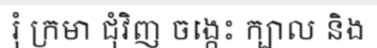
រុំ ក្រមា ជុំវិញ ចង្កេះ ក្បាល និង